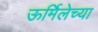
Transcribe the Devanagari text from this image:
ऊर्मिलेच्या